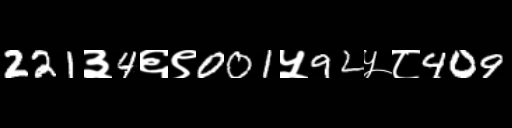
Text: 221३4६९001५92५८409